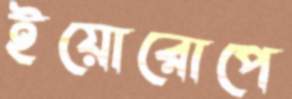
ইয়োরোপে